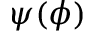
\psi ( \phi )